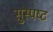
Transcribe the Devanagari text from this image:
सुस्‍पष्‍ट